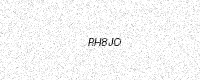
Text: RH8JO